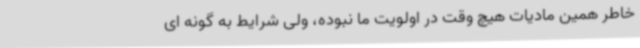
خاطر همین مادیات هیچ وقت در اولویت ما نبوده، ولی شرایط به گونه ای